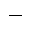
^ { - }